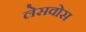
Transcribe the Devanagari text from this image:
लेसवोस